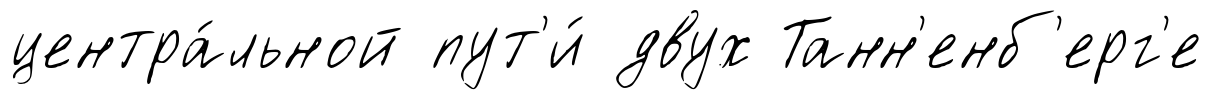
центра́льной пут'и́ двух Танн'енб'ерг'е